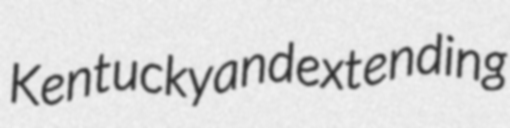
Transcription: Kentucky and extending